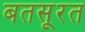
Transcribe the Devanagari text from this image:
बतसूरत